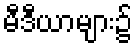
မီဒီယာများ၌